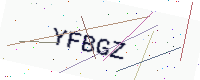
Text: YFBGZ